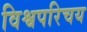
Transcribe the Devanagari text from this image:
विश्वपरिचय